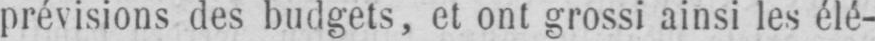
prévisions des budgets, et ont grossi ainsi les élé-